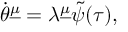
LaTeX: \dot { \theta } ^ { \underline { { \mu } } } = \lambda ^ { \underline { { \mu } } } \tilde { \psi } ( \tau ) ,